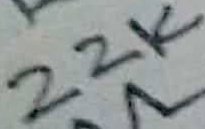
Text: 22K